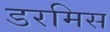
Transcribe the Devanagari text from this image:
डरमिस